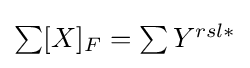
{\textstyle \sum [X]_{F}=\sum Y^{rsl\ast }}